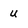
Character: U